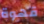
قهوة